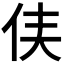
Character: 𫢑